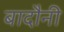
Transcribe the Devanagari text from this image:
बादौनी